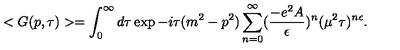
< G ( p , \tau ) > = \int _ { 0 } ^ { \infty } d \tau \exp { - i \tau ( m ^ { 2 } - p ^ { 2 } ) } \sum _ { n = 0 } ^ { \infty } ( \frac { - e ^ { 2 } A } { \epsilon } ) ^ { n } ( \mu ^ { 2 } \tau ) ^ { n \epsilon } .